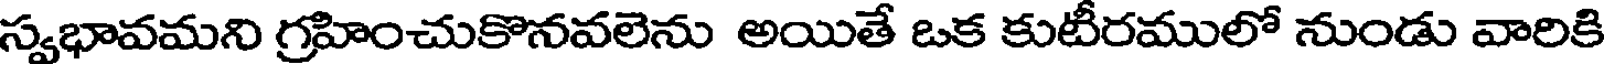
స్వభావమని గ్రహించుకొనవలెను అయితే ఒక కుటీరములో నుండు వారికి